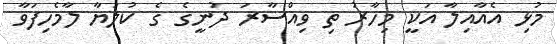
މުޅި އެއާއިލާ އަކީ މިހާރު ތި ވިއްސާރަ ދުނީގެ ގެ ކުލަޔާ ލާމެހިފަވާ